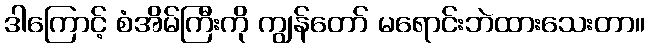
ဒါကြောင့် စံအိမ်ကြီးကို ကျွန်တော် မရောင်းဘဲထားသေးတာ။